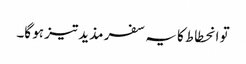
تو انحطاط کا یہ سفر مذید تیز ہو گا۔